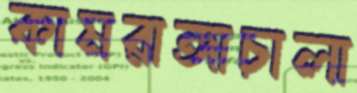
কামরাঙ্গাচালা